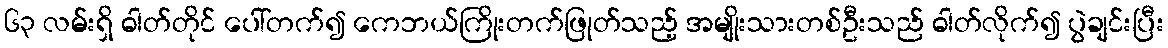
၆၃ လမ်းရှိ ဓါတ်တိုင် ပေါ်တက်၍ ကေဘယ်ကြိုးတက်ဖြုတ်သည့် အမျိုးသားတစ်ဦးသည် ဓါတ်လိုက်၍ ပွဲချင်းပြီး